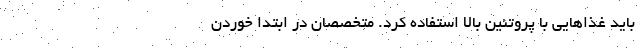
باید غذا‌هایی با پروتئین بالا استفاده کرد. متخصصان در ابتدا خوردن